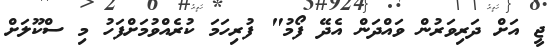
ޖީ އަށް ދަރިވަރުން ވައްދަން އެދޭ ފޯމު" ފުރިހަމަ ކުރެއްވުމަށްފަހު މި ސްކޫލަށް